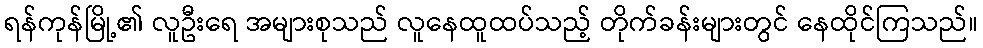
ရန်ကုန်မြို့၏ လူဦးရေ အများစုသည် လူနေထူထပ်သည့် တိုက်ခန်းများတွင် နေထိုင်ကြသည်။